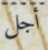
أجل